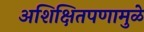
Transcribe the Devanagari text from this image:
अशिक्षितपणामुळे